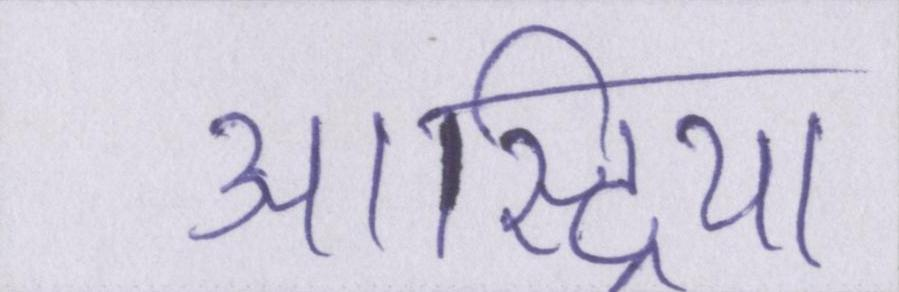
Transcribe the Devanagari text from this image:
आस्ट्रिया